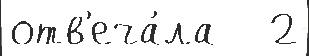
отв'еча́ла   2